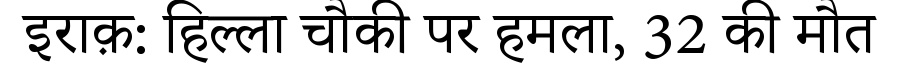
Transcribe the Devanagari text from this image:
इराक़: हिल्ला चौकी पर हमला, 32 की मौत